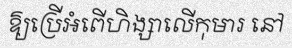
ឱ្យប្រើអំពើហិង្សាលើកុមារ នៅ